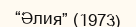
“Әлия” (1973)